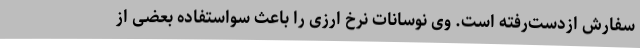
سفارش ازدست‌رفته است. وی نوسانات نرخ ارزی را باعث سواستفاده بعضی از